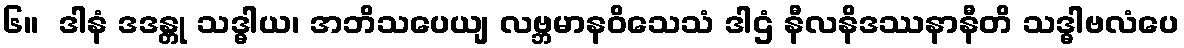
၆။  ဒါနံ ဒဒန္တု သဒ္ဓါယ၊ အဘိသပေယျ လဗ္ဘမာနဝိသေသံ ဒါဌံ နီလနိဒဿနာနီတိ သဒ္ဓါဗလံပေ